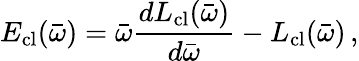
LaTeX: E_{\mathrm{cl}}(\bar{\omega})=\bar{\omega}\frac{dL_{\mathrm{cl}}(\bar{\omega})}{d\bar{\omega}}-L_{\mathrm{cl}}(\bar{\omega})\, ,